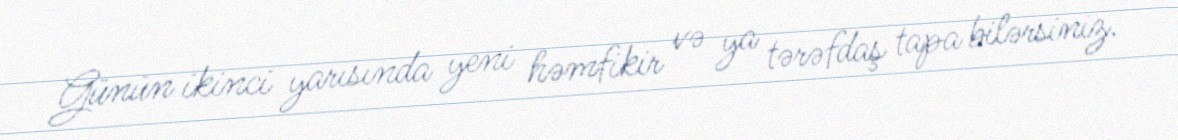
Günün ikinci yarısında yeni həmfikir və ya tərəfdaş tapa bilərsiniz.